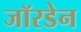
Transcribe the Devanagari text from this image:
जॉरडेन